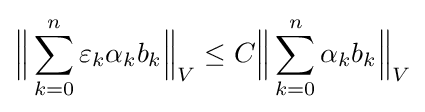
{\Bigl \|}\sum _{k=0}^{n}\varepsilon _{k}\alpha _{k}b_{k}{\Bigr \|}_{V}\leq C{\Bigl \|}\sum _{k=0}^{n}\alpha _{k}b_{k}{\Bigr \|}_{V}